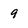
Character: 9